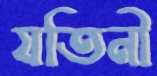
যতিনী